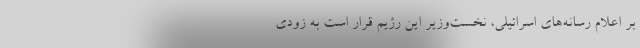
بر اعلام رسانه‌های اسرائیلی، نخست‌وزیر این رژیم قرار است به زودی